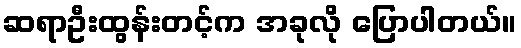
ဆရာဦးထွန်းတင့်က အခုလို ပြောပါတယ်။